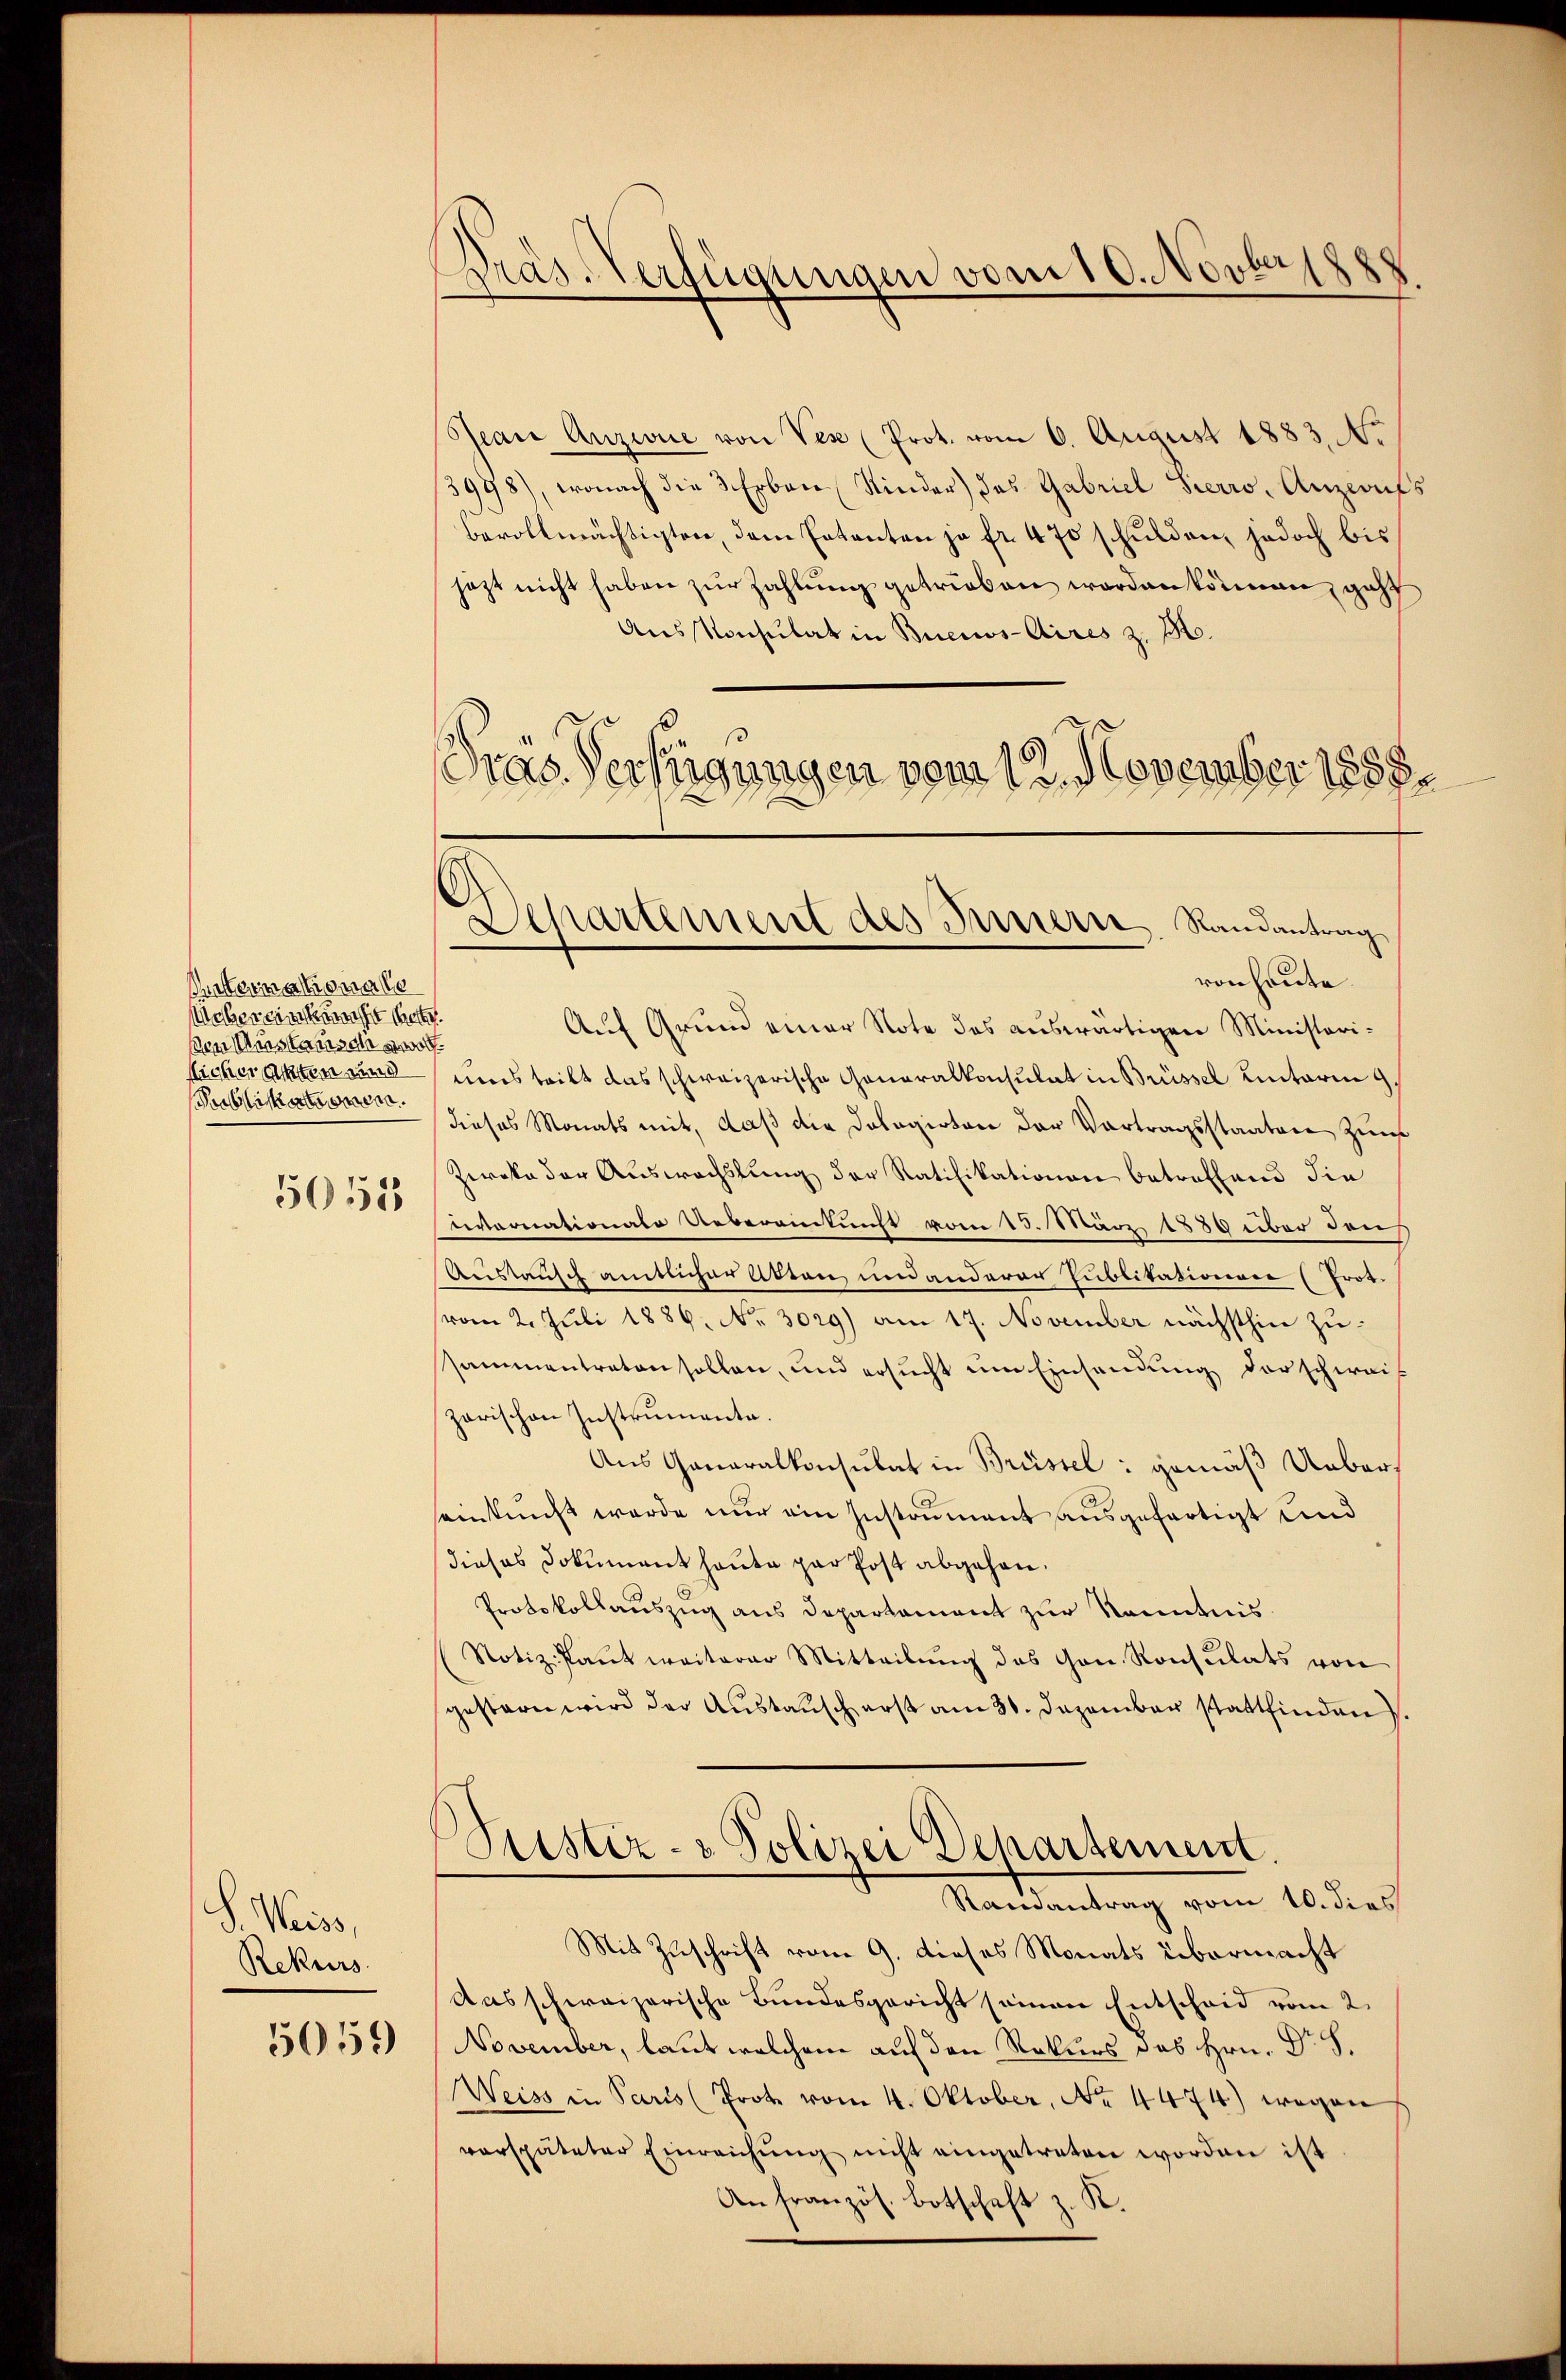
aterialisierte
Ueber einmal betr.
Den instanisch gewor
flächer Akten und
orblickerte deren.

5051

S. Weiss,
Rekurs.

5059

Pras. Verfügungen vom 10. Novbeshp

Jean Anzeie von Ver (Prot. vom 6. August 1883. No
3998), wonach die 3 Erben Kinder) das Gabriel Terro, Anziaufs
bevollmächtigten, dem Entanten ja fr. 470 schulden, jedoch bis
jezt nicht haben zŭr Zahlŭng getrieben worden können, geht
Aus Konsulat in Buenos-Aires z. B.
Präs. Verfügungen vom 12. November 1888.
Auf Grund einer Note des auswärtigen Ministeriuns teilt das schweizerische Generalkonsulat in Brüssel Lintaria 9.
dieses Monats mit, daß die Dolagirten der Vortragsstaaten Zunf
Zwoka der Auswachslung der Ratifikationen betreffend die
eornationale Ueberandtucht vom 13. Man 1830 über den
Austausch amtlicher Akten und anderer Publikationen (Prot.
vom 2. Juli 1886. No. 3029) am 17. November nächsthin zusammentreten sollen, und ersucht um Einsendung der schweis
parischen Instrumente.
Aus Generalkonsulat in Brüssel : gemäß Uebereinkunft werde nur ein Instrument ausgefertigt und
dieses Dokument heute par Post abgehen.
Protokollauszug aus Departament zur Kenntnis
Notiz-Paut weiterer Mitteilung des Gon. Konsulats von
gestern wird der Austausch erst am 31. Dezember stattfinden.
Pustiz- & Polizei Departement.
Ramantrag vom 10. dies
Mit Zuschrift vom 9. dieses Monats übermacht
Aasschweizerische Bundesgericht seinen Entscheid vom 2.
November, laut welchem auf den Rekurs das Hrn. Dr H.
Weiss in Paris (Prot vom 4. Oktober, No. 4474) wegen
verspäteter Einreichŭng nicht eingetreten worden ist
An französ. Botschaft z. K.

Departement des Innern, Randantrag
von heute